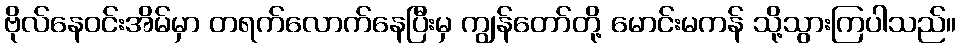
ဗိုလ်နေဝင်းအိမ်မှာ တရက်လောက်နေပြီးမှ ကျွန်တော်တို့ မောင်းမကန် သို့သွားကြပါသည်။